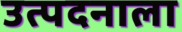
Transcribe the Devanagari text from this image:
उत्पदनाला